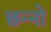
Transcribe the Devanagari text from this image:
छन्नो